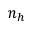
n _ { h }